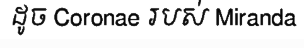
ដូច Coronae របស់ Miranda